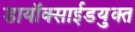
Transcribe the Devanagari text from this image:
डायॉक्साईडयुक्त